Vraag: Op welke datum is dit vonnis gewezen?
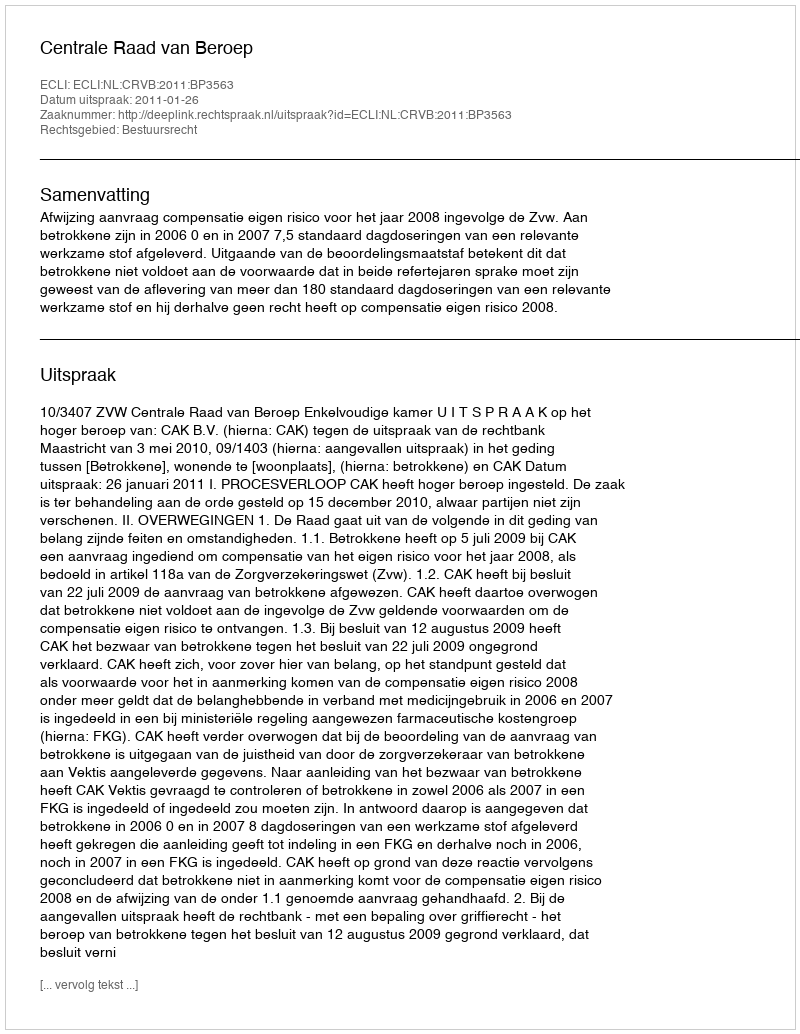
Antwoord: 2011-01-26